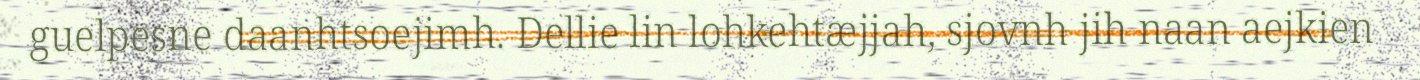
guelpesne daanhtsoejimh. Dellie lin lohkehtæjjah, sjovnh jih naan aejkien